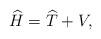
LaTeX: \begin{align*}\widehat{H}=\widehat{T}+V,\end{align*}